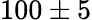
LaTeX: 100\pm 5